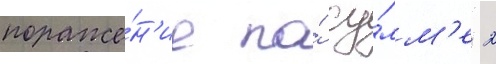
пораже́н'ие по́ су́мм'е 2